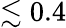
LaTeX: \lesssim 0.4